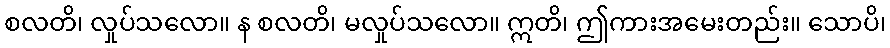
စလတိ၊ လှုပ်သလော။ န စလတိ၊ မလှုပ်သလော။ ဣတိ၊ ဤကားအမေးတည်း။ သောပိ၊